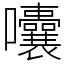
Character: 囔